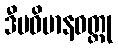
ဒီပဝိမာနဝတ္ထု